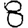
Digit: 8